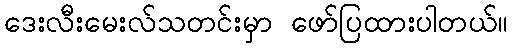
ဒေးလီးမေးလ်သတင်းမှာ ဖော်ပြထားပါတယ်။